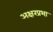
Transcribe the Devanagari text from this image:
अक्षरप्रभा